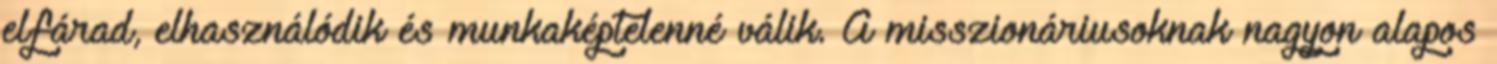
elfárad, elhasználódik és munkaképtelenné válik. A misszionáriusoknak nagyon alapos